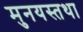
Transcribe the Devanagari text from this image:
मुनयस्तथा